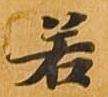
若